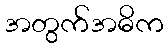
အတွက်အဓိက